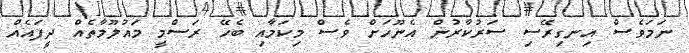
ނަމަވެސް އިނގިރޭސި ސަރުކާރުން އެނޫހަށް ވެސް މިކަމާއި ބެހޭ ރަސްމީ މައުލޫމާތެއް ދީފައެއް